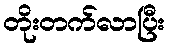
တိုးတက်လာပြီး